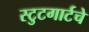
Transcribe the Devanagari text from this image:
स्टुटगार्टचे